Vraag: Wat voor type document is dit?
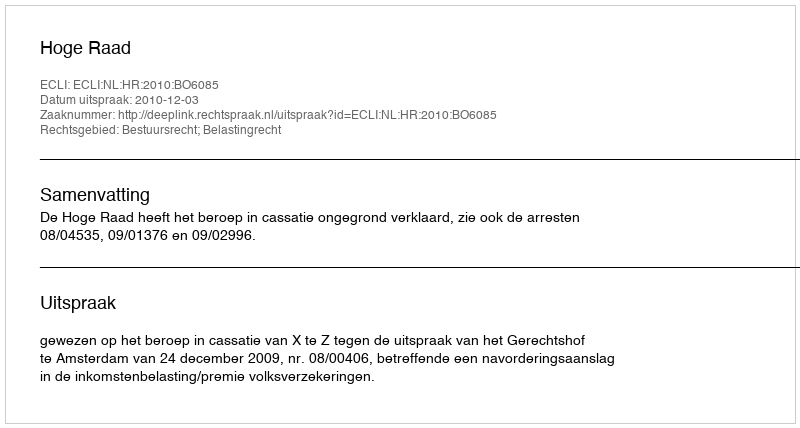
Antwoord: Uitspraak